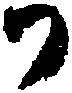
か